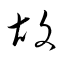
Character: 胡